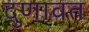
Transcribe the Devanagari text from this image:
दुणावत